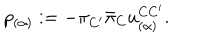
LaTeX: p _ { ( \alpha ) } : = - \pi _ { C ^ { \prime } } { \bar { \pi } } _ { C } u _ { ( \alpha ) } ^ { C { C ^ { \prime } } } .